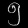
Digit: ၅